Civil Veterinary Dept. Bombay admin report 1900-1906 - 1900-1906
Year: 1900
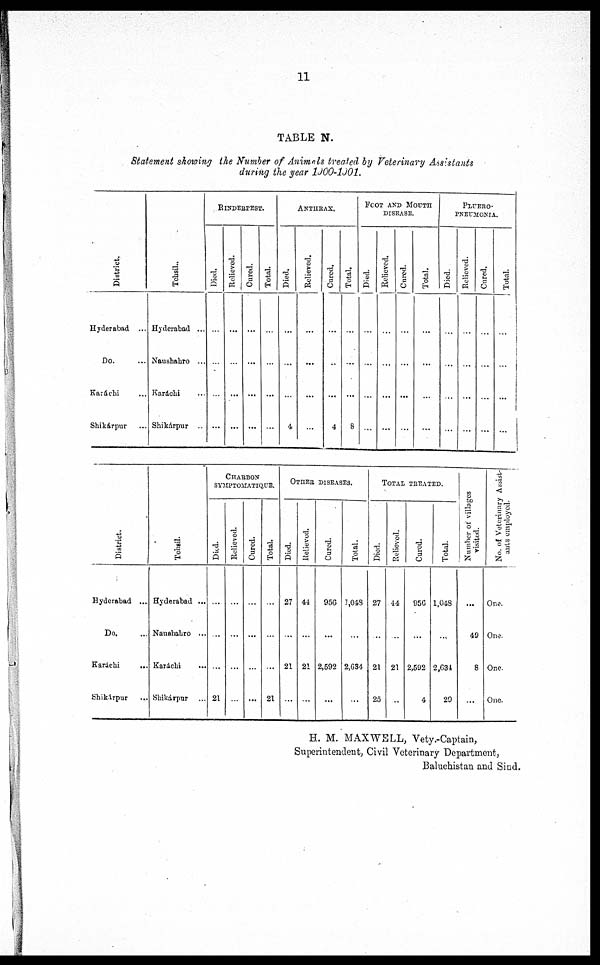
11
TABLE N.
Statement showing the Number of Animals treated by Veterinary Assistants
during the year 1900-1901.
District.
Hyderabad ...
Do. ...
Karáchi ...
Shikárpur ...
Tehsil.
Hyderabad ...
Naushahro ...
Karáchi ...
Shikárpur ...
RINDERPEST.
Died.
...
...
...
...
Relieved.
...
...
...
...
Cured.
...
...
...
...
Total.
...
...
...
...
ANTHRAX.
Died.
...
...
...
4
Relieved.
...
...
...
...
Cured.
...
...
...
4
Total.
...
...
...
8
FOOT AND MOUTH
DISEASE.
Died.
...
...
...
...
Relieved.
...
...
...
...
Cured.
...
...
...
...
Total.
...
...
...
...
PLUERO¬
PNEUMONIA.
Died.
...
...
...
...
Relieved.
...
...
...
...
Cured.
...
...
...
...
Total.
...
...
...
...
Di st r i ct .
Hyderabad ...
Do. ...
Karachi
...
Shikárpur ...
Tehsil.
Hyderabad ...
Naushahro ...
Karáchi ...
Shikárpur ...
CHARBON
SYMPTOMATIQUE.
Died.
...
...
...
21
Relieved.
...
...
...
...
Cured.
...
...
...
...
Total.
...
...
...
21
OTHER
DISEASES.
Died.
27
...
21
...
Relieved.
44
...
21
...
Cured.
956
...
2,592
...
Total.
1,048
...
2,634
...
TOTAL
TREATED.
Died.
27
...
21
25
Relieved.
44
...
21
...
Cured.
956
...
2,592
4
Total.
1,048
...
2,634
29
Number of villages
visited.
...
49
8
...
No. of Veterinary Assist¬
ants employed.
One.
One.
One.
One.
H. M. MAXWELL, Vety.-Captain,
Superintendent, Civil Veterinary Department,
Baluchistan and Sind.